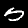
Label: 5